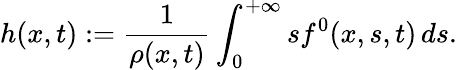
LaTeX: h(x,t):=\frac{1}{\rho(x,t)}\int_{0}^{+\infty}sf^{0}(x,s,t)\, ds.